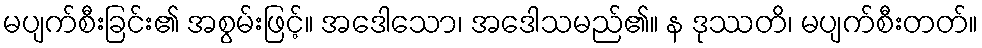
မပျက်စီးခြင်း၏ အစွမ်းဖြင့်။ အဒေါသော၊ အဒေါသမည်၏။ န ဒုဿတိ၊ မပျက်စီးတတ်။